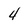
Character: 4